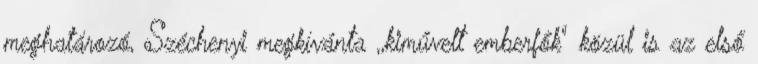
meghatározó, Széchenyi megkívánta ,,kiművelt emberfők" közül is az első